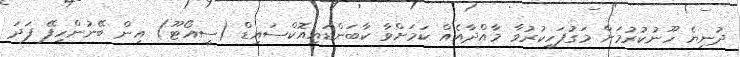
ދުނިޔެ ހޫނުކުރުމަށް މަގުފަހިކުރުވާ މާއްދާއެއް ކަމަށްވާ ކާބަންޑައިއޮކްސައިޑް (ސީއޯޓޫ) އިން ބޭނުންހިފޭ ފަދަ